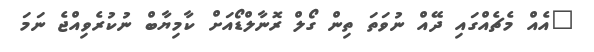
"އެއް މެޗެއްގައި ދޭއް ނުވަތަ ތިން ގޯލް ރޮނާލްޑޯއަށް ކާމިޔާބް ނުކުރެވިއްޖެ ނަމަ